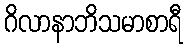
ဂိလာနာဘိသမာစာရီ